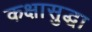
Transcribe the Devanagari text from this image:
कक्षासुद्धा